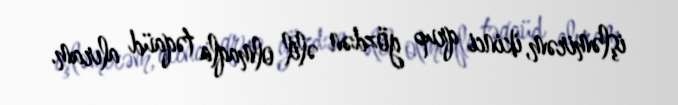
işləmirəm, ikinci qrup gözdən əlil olmaqla təqaüd alıram.